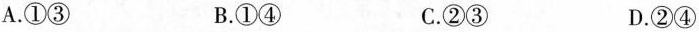
A.①③ B.①④ C.②③ D.②④